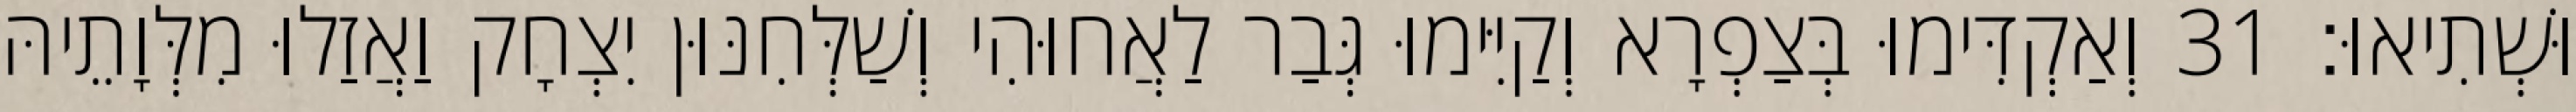
וּשְׁתִיאוּ׃ 31 וְאַקְדִּימוּ בְּצַפְרָא וְקַיִּימוּ גְּבַר לַאֲחוּהִי וְשַׁלְּחִנּוּן יִצְחָק וַאֲזַלוּ מִלְּוָתֵיהּ